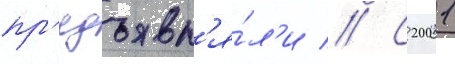
пр'едъявл'я́л'и // С 2001